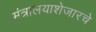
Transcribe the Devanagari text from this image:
मंत्रालयाशेजारचे